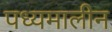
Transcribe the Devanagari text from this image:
पध्यमालीन